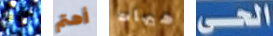
رائع أهتم هيهات الحى